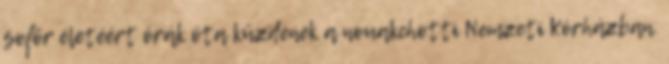
sofőr életéért órák óta küzdenek a nouakchotti Nemzeti Kórházban.